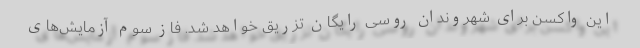
این واکسن برای شهروندان روسی رایگان تزریق خواهد شد. فاز سوم آزمایش‌های